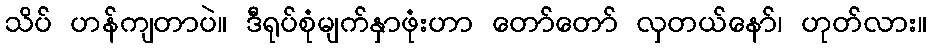
သိပ် ဟန်ကျတာပဲ။ ဒီရုပ်စုံမျက်နှာဖုံးဟာ တော်တော် လှတယ်နော်၊ ဟုတ်လား။